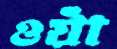
ওয়াঁ